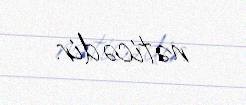
nəticədir.